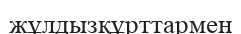
жұлдызқұрттармен